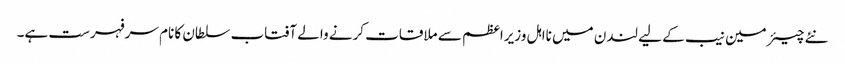
نئے چیئرمین نیب کے لیے لندن میں نااہل وزیراعظم سے ملاقات کرنے والے آفتاب سلطان کا نام سرفہرست ہے۔